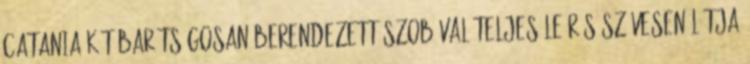
Catania két barátságosan berendezett szobával Teljes leírás Szívesen látja